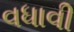
વધાવી